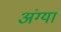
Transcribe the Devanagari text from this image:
अंग्या